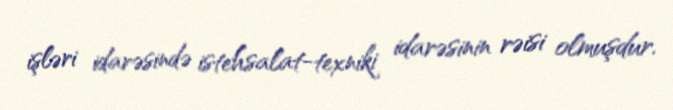
işləri idarəsində istehsalat-texniki idarəsinin rəisi olmuşdur.